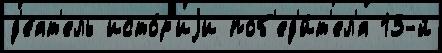
д'е́ят'ель исто́р'иjи поб'ед'и́т'ел'я 13-й